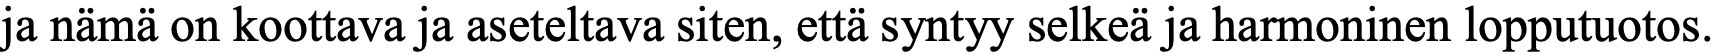
ja nämä on koottava ja aseteltava siten, että syntyy selkeä ja harmoninen lopputuotos.